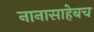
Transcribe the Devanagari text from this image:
नानासाहेबच